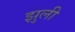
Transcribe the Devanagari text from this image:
झुली